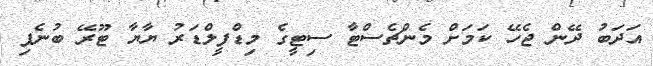
އަދަބު ދޭން ޖެހޭ ކަމަށް މެންޗެސްޓާ ސިޓީގެ މިޑްފީލްޑަރު ޔާޔާ ޓޫރޭ ބުނެފި